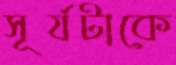
সূর্যটাকে